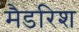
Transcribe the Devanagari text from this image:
मैडरिश